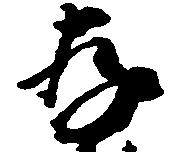
存